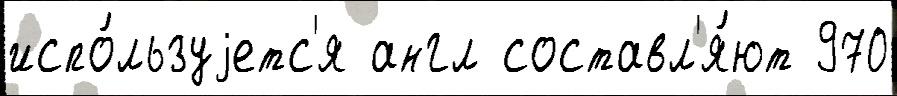
испо́льзуjетс'я англ составл'я́ют 970